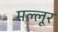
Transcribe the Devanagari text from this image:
मल्लूर